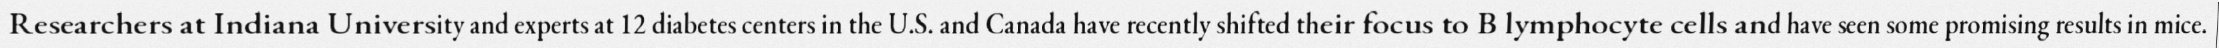
Researchers at Indiana University and experts at 12 diabetes centers in the U.S. and Canada have recently shifted their focus to B lymphocyte cells and have seen some promising results in mice.